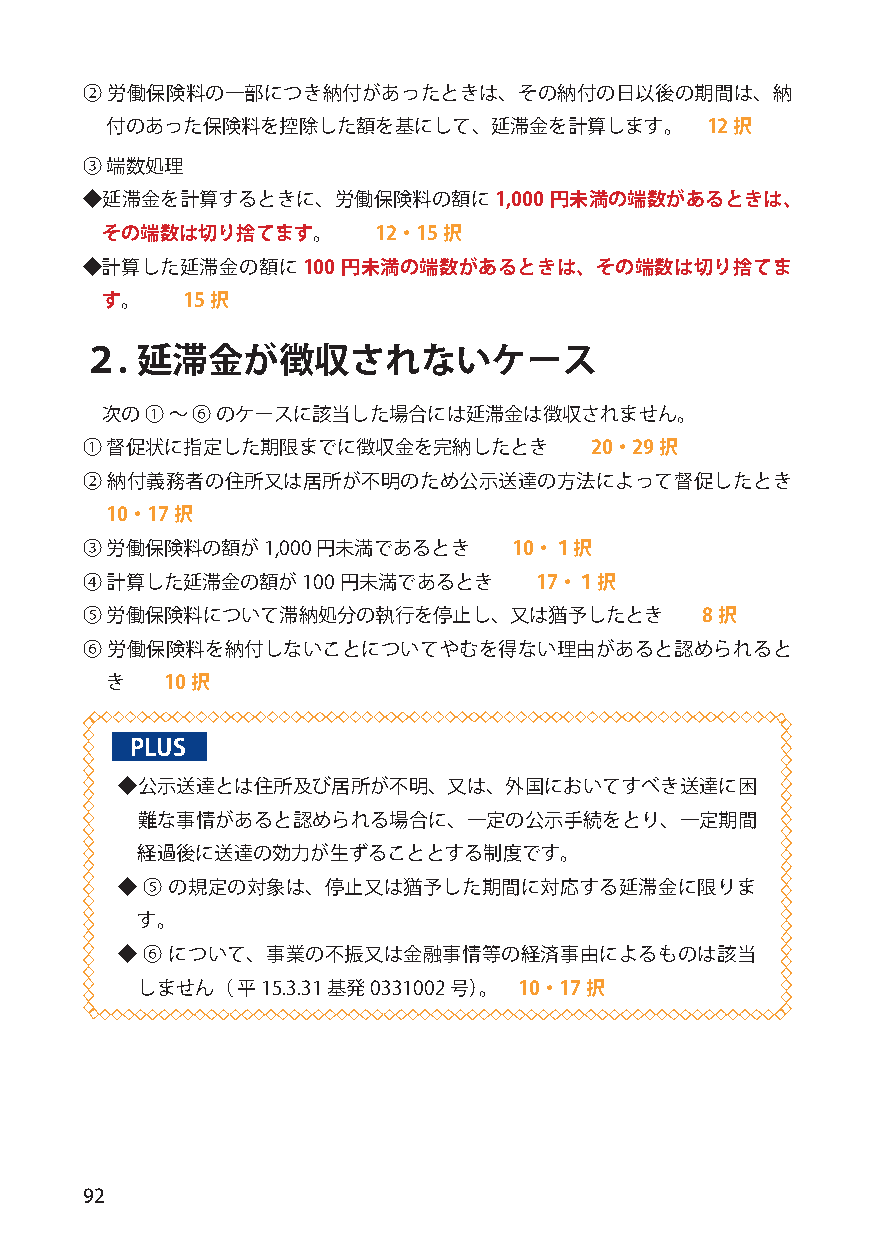
② 労働保険料の一部につき納付があったときは、その納付の日以後の期間は、納
 付のあった保険料を控除した額を基にして、延滞金を計算します。          12択
 ③ 端数処理
 ◆延滞金を計算するときに、労働保険料の額に1,000     円未満の端数があるときは、
 その端数は切り捨てます。      12・15択
 ◆計算した延滞金の額に100    円未満の端数があるときは、その端数は切り捨てま
 す。   15択
 ２.  延滞金が徴収されないケース
 次の ① ～ ⑥ のケースに該当した場合には延滞金は徴収されません。
 ① 督促状に指定した期限までに徴収金を完納したとき         20・29択
 ② 納付義務者の住所又は居所が不明のため公示送達の方法によって督促したとき
 10・17択
 ③ 労働保険料の額が1,000 円未満であるとき     10・１択
 ④ 計算した延滞金の額が100  円未満であるとき     17・１択
 ⑤ 労働保険料について滞納処分の執行を停止し、又は猶予したとき          8択
 ⑥ 労働保険料を納付しないことについてやむを得ない理由があると認められると
 き   10択
 PLUS
 ◆公示送達とは住所及び居所が不明、又は、外国においてすべき送達に困
 難な事情があると認められる場合に、一定の公示手続をとり、一定期間
 経過後に送達の効力が生ずることとする制度です。
 ◆ ⑤ の規定の対象は、停止又は猶予した期間に対応する延滞金に限りま
 す。
 ◆ ⑥ について、事業の不振又は金融事情等の経済事由によるものは該当
 しません（  平15.3.31基発0331002号）。 10・17択
 92